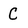
Character: C